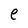
Character: e